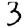
Digit: 3